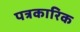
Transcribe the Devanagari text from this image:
पत्रकारिक